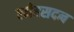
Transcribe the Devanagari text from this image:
स्नेहसदन